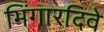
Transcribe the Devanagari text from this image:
भिंगारदिवे